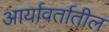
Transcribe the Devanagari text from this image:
आर्यावर्तातील